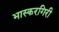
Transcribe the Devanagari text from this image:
भास्करगिरी